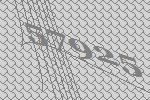
57925